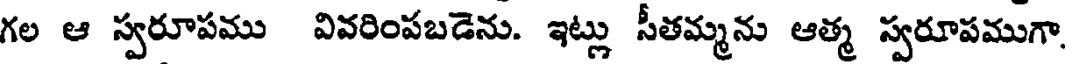
గల ఆ స్వరూపము వివరింపబడెను. ఇట్లు సీతమ్మను ఆత్మ స్వరూపముగా